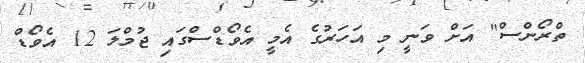
ތްރޯންސް" އަށް ވަނީ މި އަހަރުގެ އެމީ އެވޯޑްސްގައި ޖުމްލަ 12 އެވޯޑް